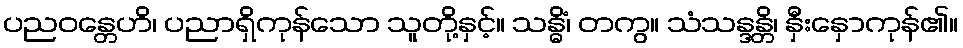
ပညဝန္တေဟိ၊ ပညာရှိကုန်သော သူတို့နှင့်။ သန္ဓိံ၊ တကွ။ သံသန္ဒန္တိ၊ နှီးနှောကုန်၏။